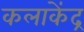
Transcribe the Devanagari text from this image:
कलाकेंद्र